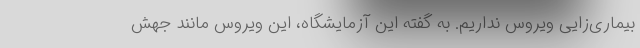
بیماری‌زایی ویروس نداریم. به گفته این آزمایشگاه، این ویروس مانند جهش